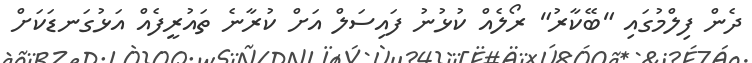
ދެން ފިލްމުގައި "ބޭކާރު" ރޯލެއް ކުޅުނު ފައިސަލް އަށް ކުރާނެ ތައުރީފެއް އަޅުގަނޑަކަށް